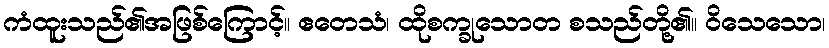
ကံထူးသည်၏အဖြစ်ကြောင့်။ ဧတေသံ၊ ထိုစက္ခုသောတ စသည်တို့၏။ ဝိသေသော၊